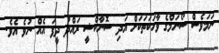
ނަމަވެސް ސޯނަމްގެ ވާހަކަތަކަށް އަދި ސޮނާކްޝީ ރައްދު ދީފަ އެއް ނުވެ އެވެ.